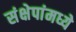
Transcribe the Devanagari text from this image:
संक्षेपांमध्ये